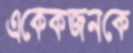
একেকজনকে